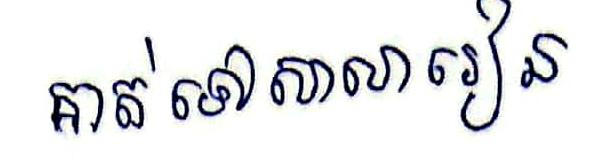
គាត់ទៅសាលារៀន